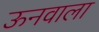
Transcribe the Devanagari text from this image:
ऊनवाला